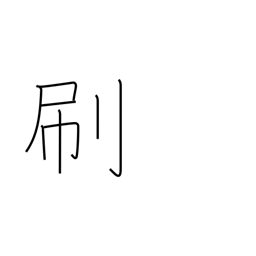
Meaning: brush